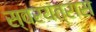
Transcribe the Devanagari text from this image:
स्वरयंत्रास